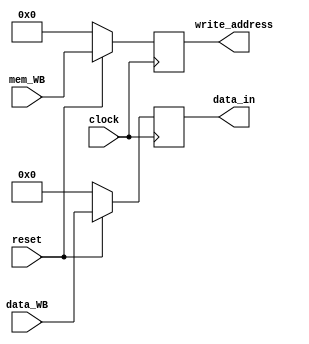
//Module to write to register file

module writeRegister(
	input wire reset,
	input wire [31:0] data_WB,
	input wire [4:0] mem_WB,
	input wire clock,
	output reg [31:0] data_in,
	output reg [4:0] write_address);
	
	always @(posedge clock) begin
		if(!reset) begin
			data_in[31:0] <= 32'b0;
			write_address[4:0] <= 5'b0;
		end else begin
			data_in[31:0] <= data_WB[31:0];
			write_address[4:0] <= mem_WB[4:0];
		end
	end
	
endmodule